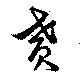
賁